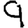
Digit: 9